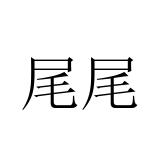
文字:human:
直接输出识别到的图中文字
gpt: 尾尾